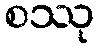
စဿု